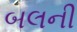
બલની